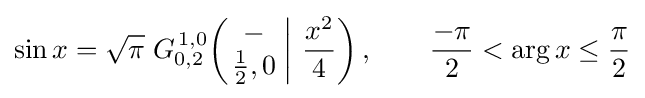
\sin x={\sqrt {\pi }}\;G_{0,2}^{\,1,0}\!\left(\left.{\begin{matrix}-\\{\frac {1}{2}},0\end{matrix}}\;\right|\,{\frac {x^{2}}{4}}\right),\qquad {\frac {-\pi }{2}}<\arg x\leq {\frac {\pi }{2}}